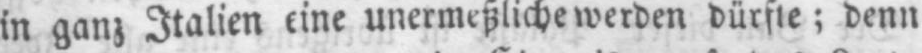
unermeßliche werden dürfte; denn